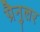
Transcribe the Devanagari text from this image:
ग्रैनुलर